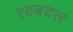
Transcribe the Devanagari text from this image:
रदबदल